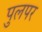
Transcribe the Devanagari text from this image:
पुलपर